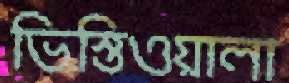
ভিস্তিওয়ালা